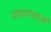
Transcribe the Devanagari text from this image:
पाषाणामाजी